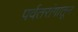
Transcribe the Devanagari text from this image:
पर्वतरांगातून